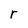
Character: r